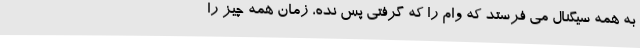
به همه سیگنال می فرستد که وام را که گرفتی پس نده، زمان همه چیز را